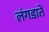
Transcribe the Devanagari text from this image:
लंगडाते